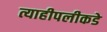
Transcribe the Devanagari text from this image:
त्याहीपलीकडे